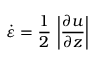
\dot { \varepsilon } = \frac { 1 } { 2 } \, \left| \frac { \partial u } { \partial z } \right|